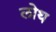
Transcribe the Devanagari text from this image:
लोथ